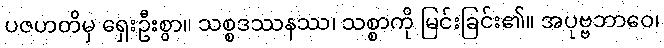
ပဇဟတိမှ ရှေးဦးစွာ။ သစ္စဒဿနဿ၊ သစ္စာကို မြင်းခြင်း၏။ အပုဗ္ဗဘာဝေ၊